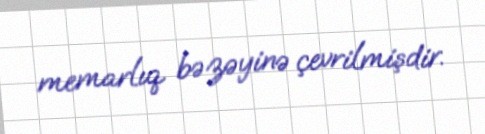
memarlıq bəzəyinə çevrilmişdir.